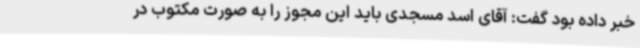
خبر داده بود گفت: آقای اسد مسجدی باید این مجوز را به صورت مکتوب در